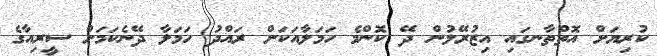
ކުރިޔަށް އޮތްތާނގައި އިޒުރޭލުން ދޭ ކޮންމެ ހަމަލާއަކަށް ރައްދު ހަމަލާ ދޭނެކަމަށް ސީރިއާގެ